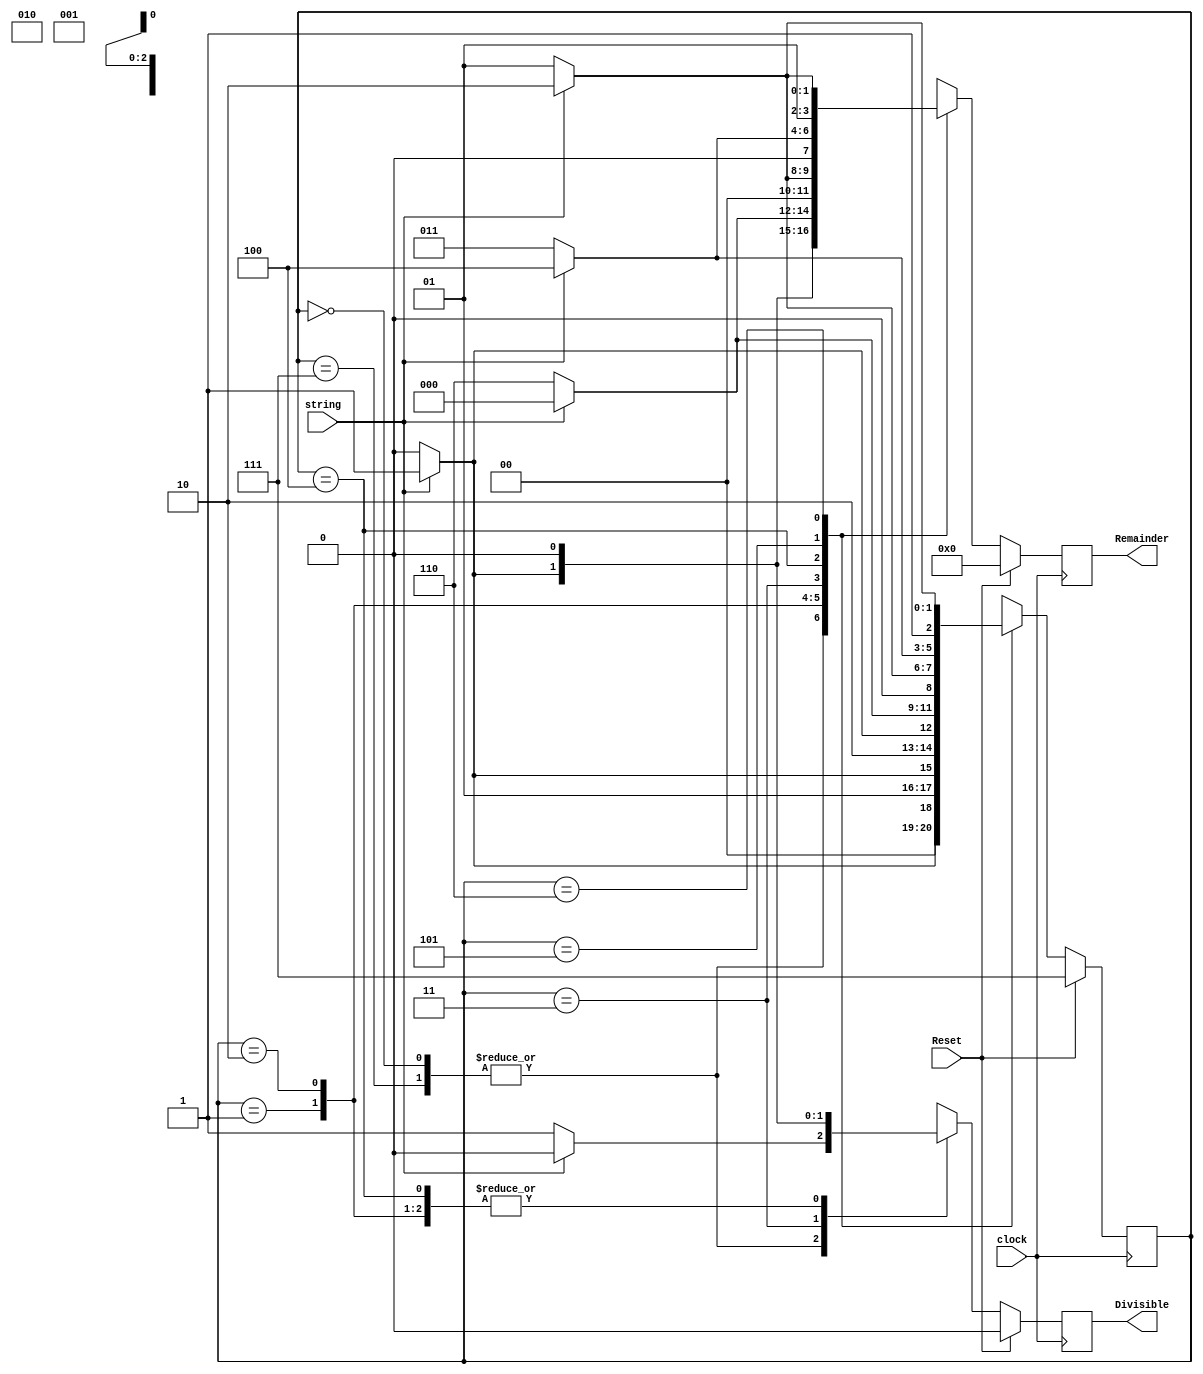
module Binary_Divisibility_By_7(string, clock, Reset, Remainder, Divisible);
input string, clock, Reset;
output reg [3:0] Remainder;
output reg Divisible;
parameter [2:0] s0=3'b111, s1=3'b000, s2=3'b001, s3=3'b010, s4=3'b011, s5=3'b100, s6=3'b101, s7=3'b110;
reg [2:0] current;

always @(posedge clock) begin
if (Reset)begin 
current = s0;
Remainder <= 3'b000;
Divisible <= 0;
end 
else
case (current)
s0: if (string)begin 
current <= s2;
Remainder <= 3'b001;
Divisible <= 0;
end 
else 
begin
current <= s1;
Remainder <= 3'b000;
Divisible <= 1;
end

s1: if (string) 
begin 
current <= s2; 
Remainder <= 3'b001;
Divisible <= 0;
end
else
begin
current <= s1;
Remainder <= 3'b000;
Divisible <= 1;
end

s2: if (string)
begin
current <= s4;
Remainder <= 3'b011;
Divisible <= 0;
end
else
begin 
current <= s3;
Remainder <= 3'b010;
Divisible <= 0;
end

s3: if (string)
begin 
current <= s6;
Remainder <= 3'b101;
Divisible <= 0;
end 
else
begin 
current <= s5;
Remainder <= 3'b100;
Divisible <= 0;
end

s4: if (string)
begin 
current <= s1;
Remainder <= 3'b000;
Divisible <= 1;
end
else
begin 
current <= s7;
Remainder <= 3'b110;
Divisible <= 0;
end

s5: if (string)
begin 
current <= s3;
Remainder <= 3'b010;
Divisible <= 0;
end
else 
begin
current <= s2;
Remainder <= 3'b001;
Divisible <= 0;
end
s6: if (string) 
begin 
current <= s5;
Remainder <= 3'b100;
Divisible <= 0;
end
else
begin 
current <= s4;
Remainder <= 3'b011;
Divisible <= 0;
end
s7: if (string) 
begin 
current <= s7;
Remainder <= 3'b110;
Divisible <= 0;
end 
else 
begin
current <= s6;
Remainder <= 3'b101;
Divisible <= 0;
end
endcase
end
endmodule